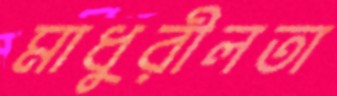
মাধুরীলতা